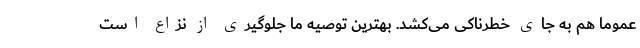
عموما هم به جای خطرناکی می‌کشد. بهترین توصیه ما جلوگیری از نزاع است